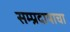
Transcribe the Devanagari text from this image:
सम्प्रदायाचा